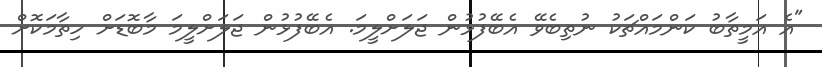
"އެ އަމީތާބު ކަންމައްޗަކު ނުތިބެވޭ އެބޭފުޅުން ޖަލަށްލީމަ. އެބޭފުޅުން ޖަލަށްލީމަ މާބޮޑަށް ހިތާމަކޮށް